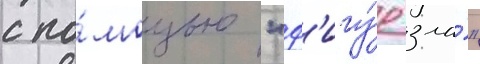
с по́мощью "ф'игу́р зла́"